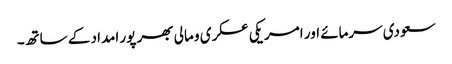
سعودی سرمائے اور امریکی عسکری و مالی بھر پور امداد کے ساتھ۔